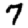
Digit: 7